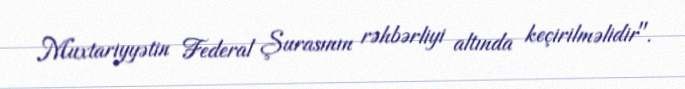
Muxtariyyətin Federal Şurasının rəhbərliyi altında keçirilməlidir".